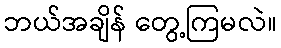
ဘယ်အချိန် တွေ့ကြမလဲ။